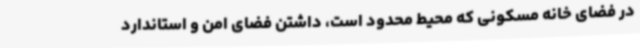
در فضای خانه مسکونی که محیط محدود است، داشتن فضای امن و استاندارد